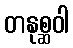
တနုစ္ဆဝါ